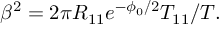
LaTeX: \beta ^ { 2 } = 2 \pi R _ { 1 1 } e ^ { - \phi _ { 0 } / 2 } T _ { 1 1 } / T .